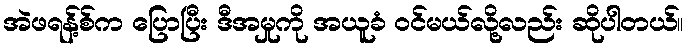
အဲဖရန့်စ်က ပြောပြီး ဒီအမှုကို အယူခံ ဝင်မယ်လို့လည်း ဆိုပါတယ်။